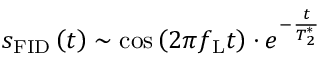
s _ { \mathrm { F I D } } \left( t \right) \sim \cos \left( 2 \pi f _ { \mathrm { L } } t \right) \cdot e ^ { - \frac { t } { T _ { 2 } ^ { * } } }